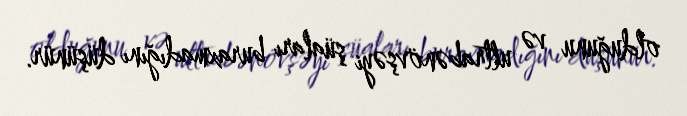
olduğunu və ultrabənövşəyi şüaları buraxmadığını düşünür.